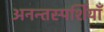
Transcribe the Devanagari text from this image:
अनन्तस्पर्शियाँ